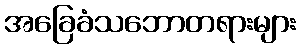
အခြေခံသဘောတရားများ